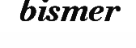
bismer